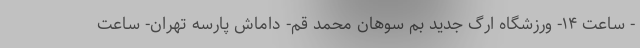
- ساعت ۱۴- ورزشگاه ارگ جدید بم سوهان محمد قم- داماش پارسه تهران- ساعت